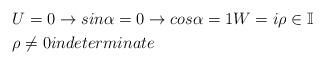
LaTeX: \begin{align*}&U=0\rightarrow sin\alpha =0\rightarrow cos\alpha =1 W=i\rho \in \mathbb{I}\\&\rho \neq 0 indeterminate \end{align*}